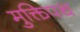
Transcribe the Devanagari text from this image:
मुक्तिपथ